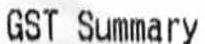
GST SUMMARY